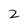
Character: 2